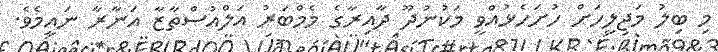
މި ބިލު މަޖިލީހަށް ހުށަހެޅުއްވީ މަކުނުދޫ ދާއިރާގެ މެމްބަރު އަލްއުސްތާޒާ އަނާރާ ނައީމެވެ.